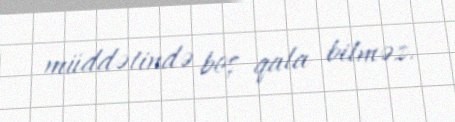
müddətində boş qala bilməz.